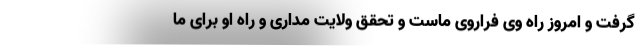
گرفت و امروز راه وی فراروی ماست و تحقق ولایت مداری و راه او برای ما